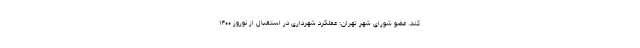
کند. عضو شورای شهر تهران: عملکرد شهرداری در استقبال از نوروز ۱۴۰۰